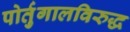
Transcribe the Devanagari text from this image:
पोर्तुगालविरुद्ध